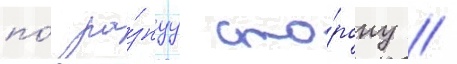
по́ ра́знуу сто́рону //